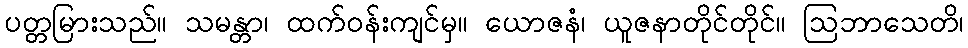
ပတ္တမြားသည်။ သမန္တာ၊ ထက်ဝန်းကျင်မှ။ ယောဇနံ၊ ယူဇနာတိုင်တိုင်။ ဩဘာသေတိ၊